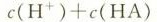
c ( H ^ { + } ) + c ( H A ) $$